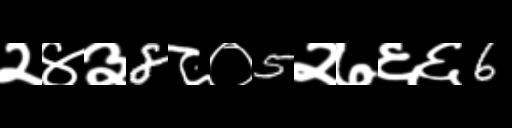
Text: २४३8८०5२७६६6